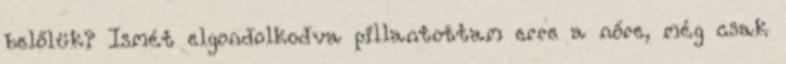
belőlük? Ismét elgondolkodva pillantottam erre a nőre, még csak